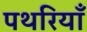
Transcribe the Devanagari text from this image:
पथरियाँ